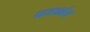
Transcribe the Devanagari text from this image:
धड्यांत